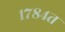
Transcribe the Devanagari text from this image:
१७८४त